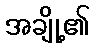
အချို့၏